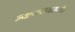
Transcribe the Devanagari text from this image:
न्यायालयामसोर